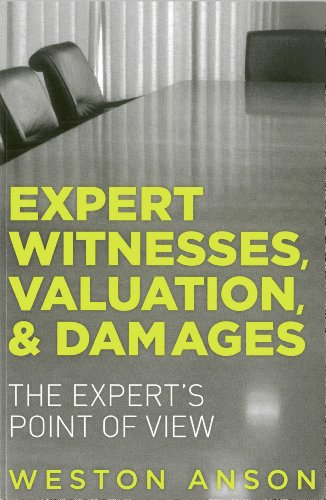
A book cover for Expert Witnesses, Valuation, and Damages: The Expert's Point of View; Weston Anson; Law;